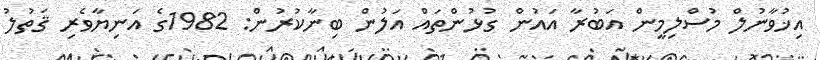
އިޚުވާނުލް މުސްލިމީން އަބުރާ އައުން ގުޅުންތައް އަލުން ބިނާކުރުން: 1982ގެ އަނިޔާވެރި ޤަތުލު